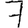
Digit: 7